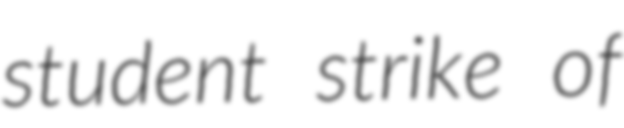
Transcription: student strike of